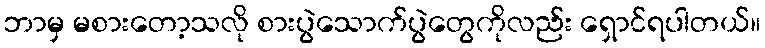
ဘာမှ မစားတော့သလို စားပွဲသောက်ပွဲတွေကိုလည်း ရှောင်ရပါတယ်။